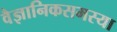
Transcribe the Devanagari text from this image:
वैज्ञानिकसमस्या